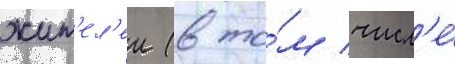
жит'ел'еи (в то́м числ'е́